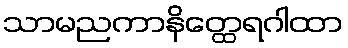
သာမညကာနိတ္ထေရဂါထာ